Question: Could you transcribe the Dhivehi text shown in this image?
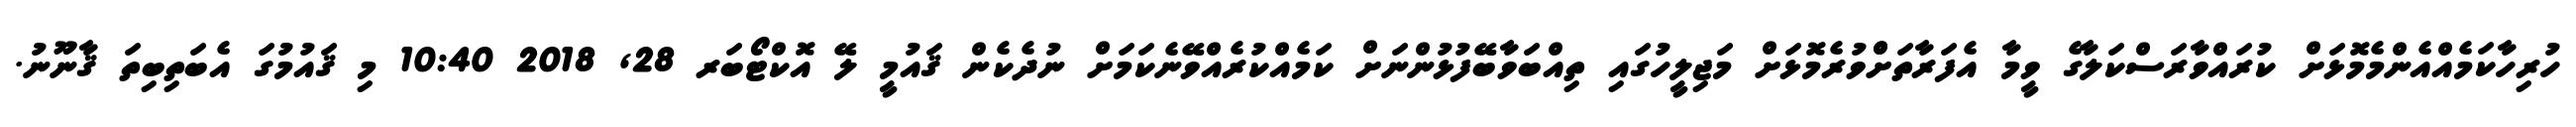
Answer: ހުރިހާކަމެއްއެންމެމޮޅަށް ކުރައްވާރަސްކަލާގެ ވީމާ އެފަރާތަށްްވުރެމޮޅަށް މަޖިލީހުގައި ތިއްބަވާބޭފުޅުންނަށް ކަމެއްކުރެއްވޭނެކަމަށް ނުދެކެން ޤައުމީ ލޭ އޮކްޓޯބަރ 28, 2018 10:40 މި ޤައުމުގަ އެބަތިބިތަ ޤާނޫނު.